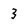
Character: 3